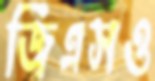
জিএসও